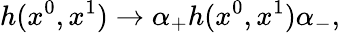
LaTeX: h(x^{0},x^{1})\rightarrow\alpha_{+}h(x^{0},x^{1})\alpha_{-},